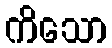
ကိသော